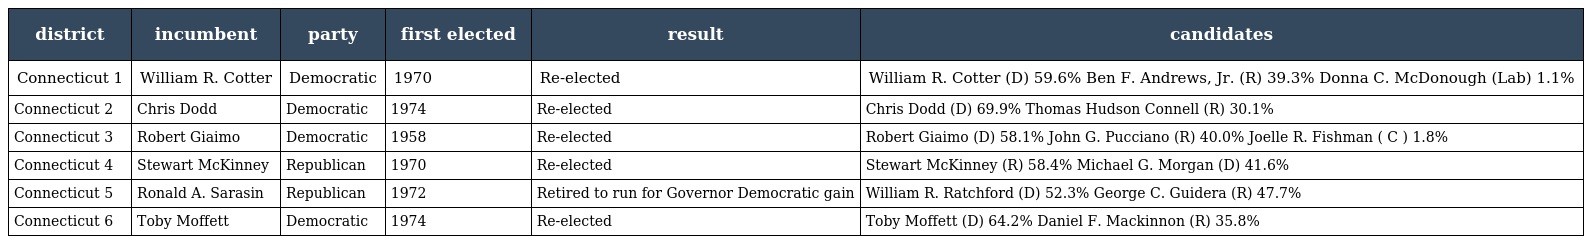
| district | incumbent | party | first elected | result | candidates |
 | --- | --- | --- | --- | --- | --- |
 | Connecticut 1 | William R. Cotter | Democratic | 1970 | Re-elected | William R. Cotter (D) 59.6% Ben F. Andrews, Jr. (R) 39.3% Donna C. McDonough (Lab) 1.1% |
 | Connecticut 2 | Chris Dodd | Democratic | 1974 | Re-elected | Chris Dodd (D) 69.9% Thomas Hudson Connell (R) 30.1% |
 | Connecticut 3 | Robert Giaimo | Democratic | 1958 | Re-elected | Robert Giaimo (D) 58.1% John G. Pucciano (R) 40.0% Joelle R. Fishman ( C ) 1.8% |
 | Connecticut 4 | Stewart McKinney | Republican | 1970 | Re-elected | Stewart McKinney (R) 58.4% Michael G. Morgan (D) 41.6% |
 | Connecticut 5 | Ronald A. Sarasin | Republican | 1972 | Retired to run for Governor Democratic gain | William R. Ratchford (D) 52.3% George C. Guidera (R) 47.7% |
 | Connecticut 6 | Toby Moffett | Democratic | 1974 | Re-elected | Toby Moffett (D) 64.2% Daniel F. Mackinnon (R) 35.8% |